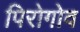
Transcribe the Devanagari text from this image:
पिरोगोव